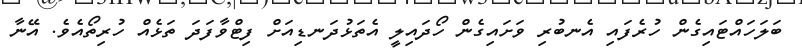
ބަލަހައްޓައިގެން ހުރެފައި އެނބުރި ވަށައިގެން ހޯދައިލީ އެތަޅުދަނޑިއަށް ފިޓްވާފަދަ ތަޅެއް ހުރިތޯއެވެ. އޭނާ